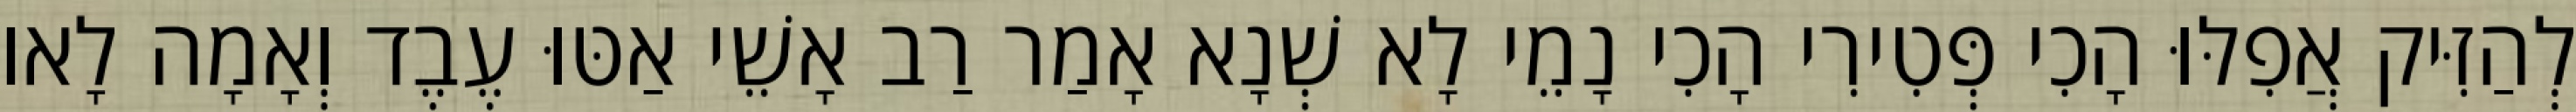
לְהַזִּיק אֲפִלּוּ הָכִי פְּטִירִי הָכִי נָמֵי לָא שְׁנָא אָמַר רַב אָשֵׁי אַטּוּ עֶבֶד וְאָמָה לָאו